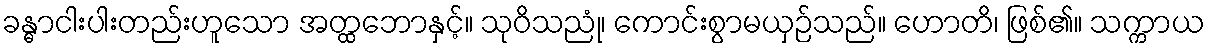
ခန္ဓာငါးပါးတည်းဟူသော အတ္ထဘောနှင့်။ သုဝိသညုံ၊ ကောင်းစွာမယှဉ်သည်။ ဟောတိ၊ ဖြစ်၏။ သက္ကာယ